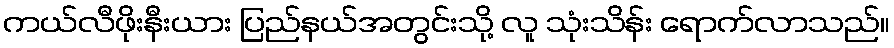
ကယ်လီဖိုးနီးယား ပြည်နယ်အတွင်းသို့ လူ သုံးသိန်း ရောက်လာသည်။